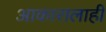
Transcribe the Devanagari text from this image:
आकारालाही